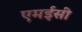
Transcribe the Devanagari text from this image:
एमईसी